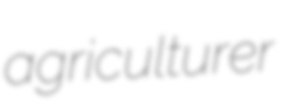
agriculturer